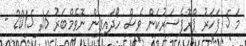
މަ 5 ފަހަރު ޕްރޮފެސަރުކަން ވެސް ހޯދައިފިން ނޮވެމްބަރު 16